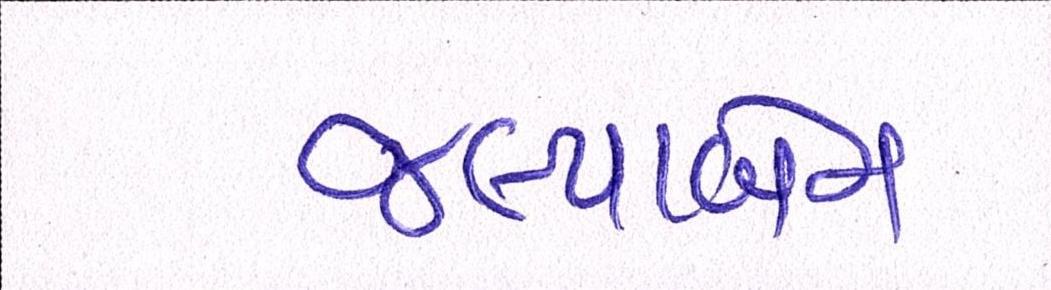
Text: જલ્પાબેન